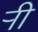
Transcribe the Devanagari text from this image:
र्‍ाी